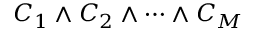
C _ { 1 } \wedge C _ { 2 } \wedge \cdots \wedge C _ { M }